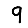
Digit: 9